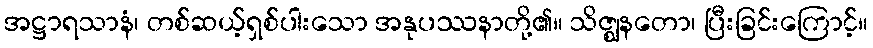
အဋ္ဌာရသာနံ၊ တစ်ဆယ့်ရှစ်ပါးသော အနုပဿနာတို့၏။ သိဇ္ဈနတော၊ ပြီးခြင်းကြောင့်။